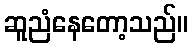
ဆူညံနေတော့သည်။